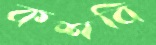
কশবি